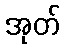
အုတ်